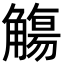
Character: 觴